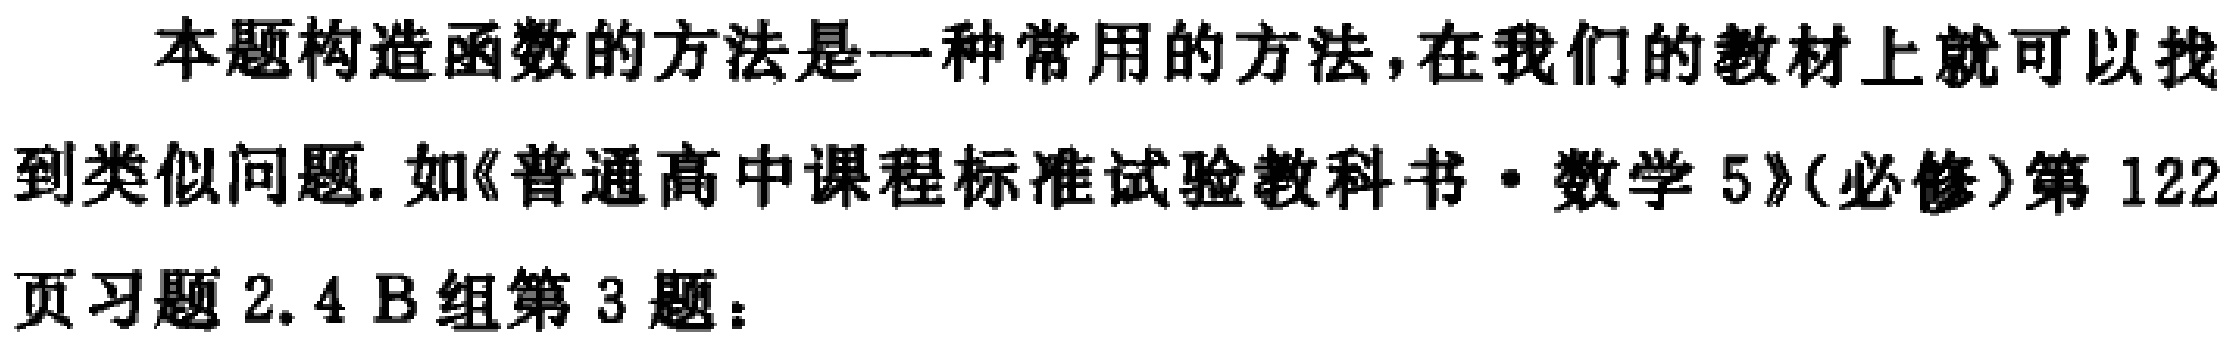
本题构造函数的方法是一种常用的方法,在我们的教材上就可以找到类似问题.如《普通高中课程标准试验教科书$\cdot$数学5》(必修)第122页习题2.4 B组第3题：